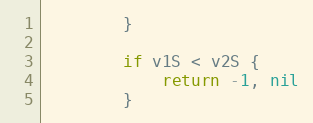
Language: Go
		}

		if v1S < v2S {
			return -1, nil
		}